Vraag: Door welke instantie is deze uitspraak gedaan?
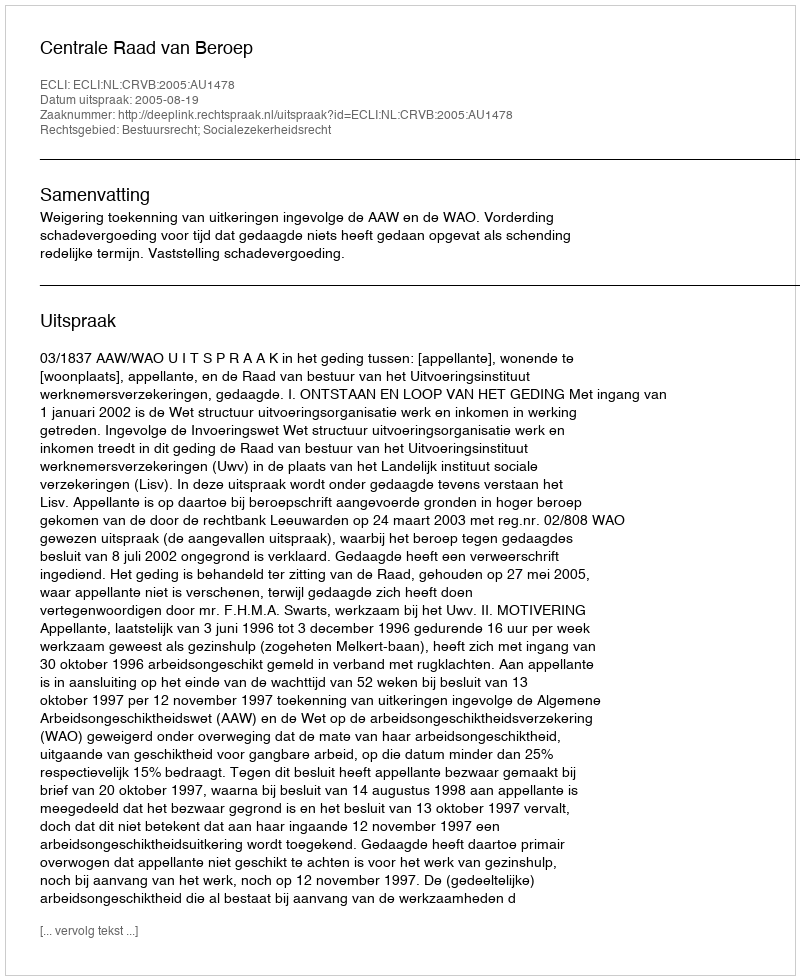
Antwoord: Centrale Raad van Beroep